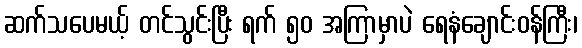
ဆက်သပေမယ့် တင်သွင်းပြီး ရက် ၅၀ အကြာမှာပဲ ရေနံချောင်းဝန်ကြီး၊